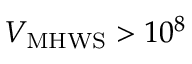
\ensuremath { V _ { \mathrm { M H W S } } } > 1 0 ^ { 8 }